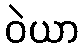
ဝဲယာ